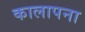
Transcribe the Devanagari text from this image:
कालापना